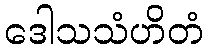
ဒေါသသံဟိတံ